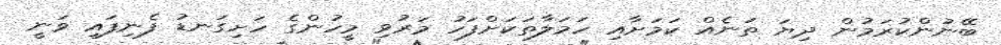
ބޭނުންކުރަމުން ދިޔަ ތަނެއް ކަމަށާއި ހަމަލާތަކަށްފަހު މަރުވި މީހުންގެ ހަށިގަނޑު ފެނިފައި ވަނީ